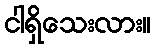
ငါရှိသေးလား။